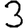
Digit: 3